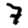
Digit: 7